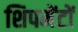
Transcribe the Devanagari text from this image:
शिपमेंटों